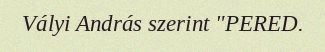
Vályi András szerint "PERED.